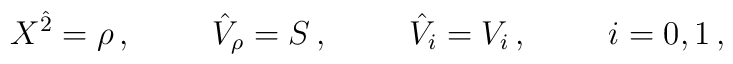
X^{\hat 2} = \rho\, ,\hskip 1truecm {\hat V}_{\rho} = S\, ,\hskip 1truecm {\hat V}_i = V_i\, ,\hskip 1truecm i=0,1\, ,